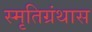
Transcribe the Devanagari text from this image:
स्मृतिग्रंथास